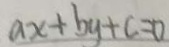
a x + b y + c = 0